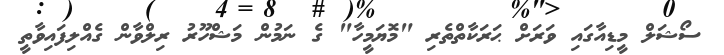
ސޯޝަލް މީޑިއާގައި ވަރަށް ޙަރަކާތްތެރި "މޮޔަމީހާ" ގެ ނަމުން މަޝްހޫރު ރިލްވާން ގެއްލިފައިވާތީ